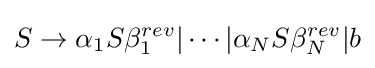
S\to \alpha _{1}S\beta _{1}^{rev}|\cdots |\alpha _{N}S\beta _{N}^{rev}|b